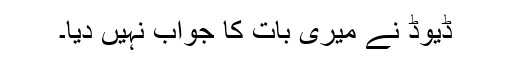
ڈیوڈ نے میری بات کا جواب نہیں دیا۔